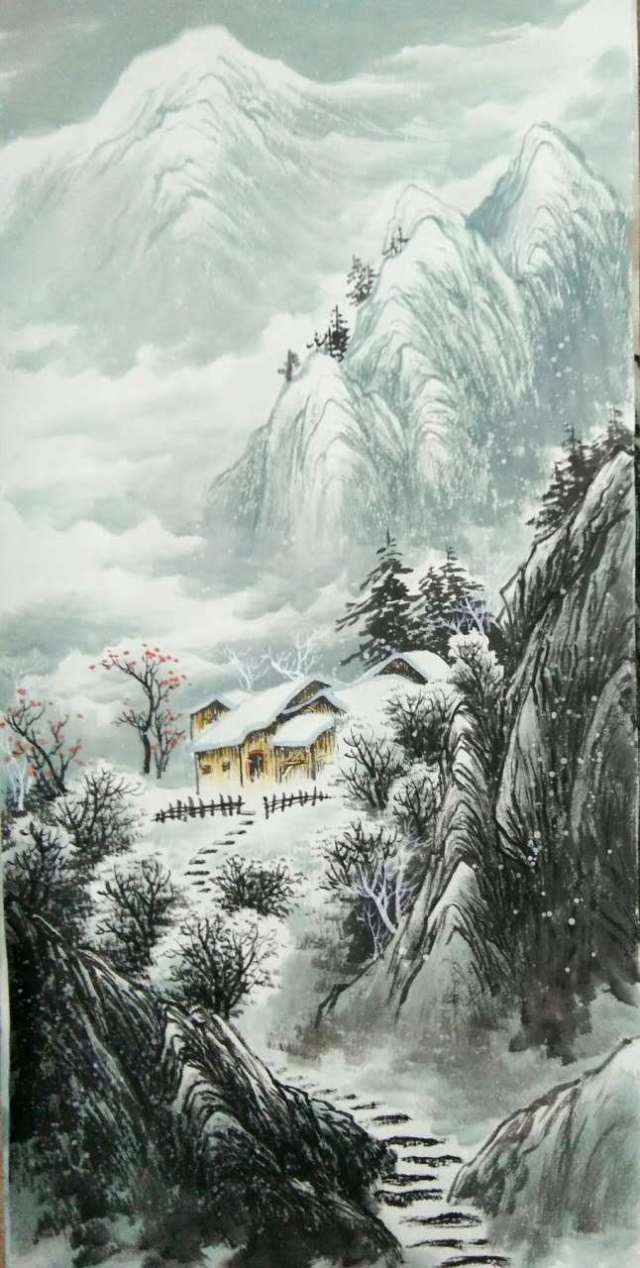
北风卷地白草折，胡天八月即飞雪。